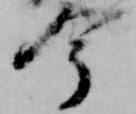
今